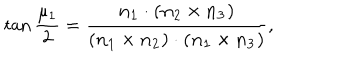
\tan { \frac { \mu _ { 1 } } 2 } = \frac { \bf { n } _ { 1 } \cdot ( \bf { n } _ { 2 } \times \bf { n } _ { 3 } ) } { ( \bf { n } _ { 1 } \times \bf { n } _ { 2 } ) \cdot ( \bf { n } _ { 1 } \times \bf { n } _ { 3 } ) } ,